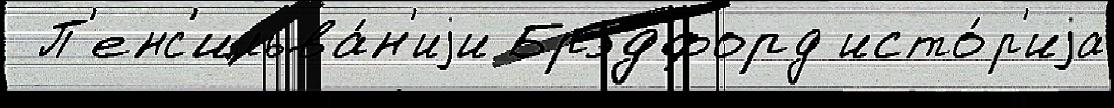
 П'енс'ильва́н'иjи Брэдфорд исто́р'иjа